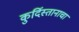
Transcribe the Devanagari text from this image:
कुर्दिस्तानाचा